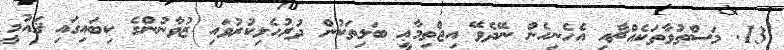
13. މަސްތުވާތަކެއްޗާއި އެހެނިހެން ނޭދެވޭ އިޖްތިމާޢީ ބަލިތަކުން ދުރުހެލިކުރުވައި ޒުވާނުންގެ ކިބައިގައި ޤައުމީ